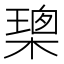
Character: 𭫢